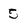
Character: 5